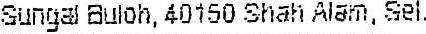
SUNGAL BULOH, 40150 SHAH ALAM, SEL.